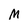
Character: M